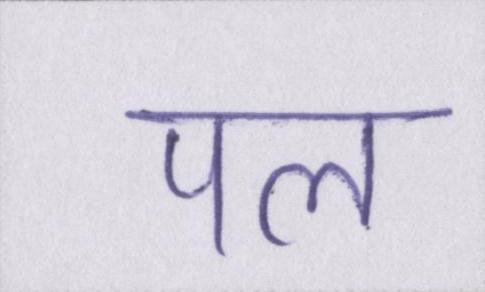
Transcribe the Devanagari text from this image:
पल